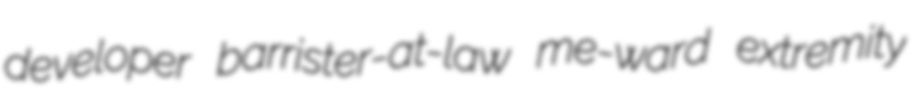
developer barrister-at-law me-ward extremity